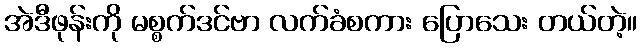
အဲဒီဖုန်းကို မစ္စက်ဒင်ဗာ လက်ခံစကား ပြောသေး တယ်တဲ့။